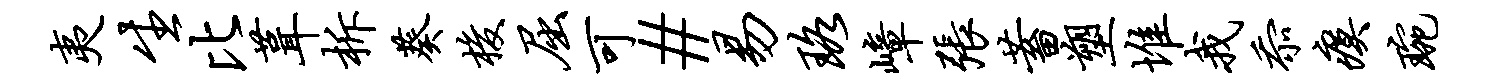
夷生比葺柝葵梭屈可#易珞嶂张蓄塑堆我忝瘼琬